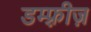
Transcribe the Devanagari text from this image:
डम्फ़्रीज़